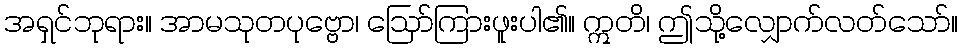
အရှင်ဘုရား။ အာမသုတပုဗ္ဗော၊ ဩော်ကြားဖူးပါ၏။ ဣတိ၊ ဤသို့လျှောက်လတ်သော်။